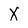
Character: X